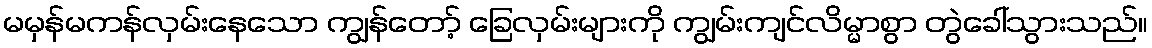
မမှန်မကန်လှမ်းနေသော ကျွန်တော့် ခြေလှမ်းများကို ကျွမ်းကျင်လိမ္မာစွာ တွဲခေါ်သွားသည်။